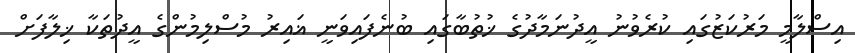
އިސްލާމީ މަރުކަޒުގައި ކުރެވުނު އީދުނަމާދުގެ ޚުތުބާގައި ބުނެފައިވަނީ ޣައިރު މުސްލިމުންގެ އީދުތަކާ ޚިލާފަށް